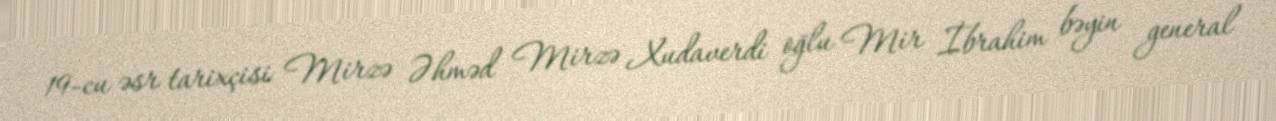
19-cu əsr tarixçisi Mirzə Əhməd Mirzə Xudaverdi oğlu Mir İbrahim bəyin general